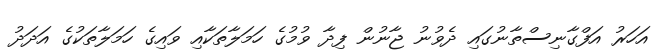
އަހަރު އަފްގާނިސްތާނުގައި ދެވުނު ޖާނުން ފިދާ ވުމުގެ ހަމަލާތަކާއި ވައިގެ ހަމަލާތަކުގެ އަދަދު